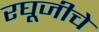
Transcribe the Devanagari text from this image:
रघूजीचे